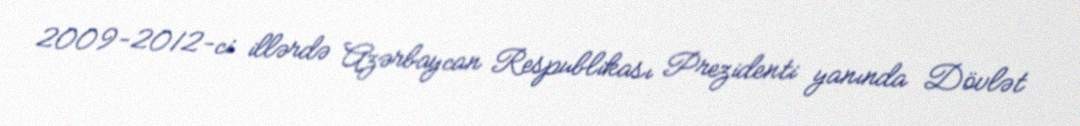
2009-2012-ci illərdə Azərbaycan Respublikası Prezidenti yanında Dövlət